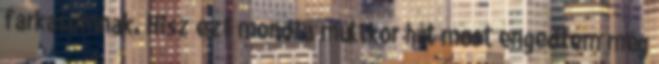
farkasomnak. Hisz ezt mondta múltkor hát most engedtem még